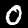
Label: 0